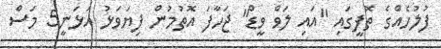
ފުލުހެއްގެ ތޮފީގައި "އައި ލަވް ވީޑް" ޖަހާފަ އޮތުމުން ފިޔަވަޅު އަޅަނީ5 މަސް